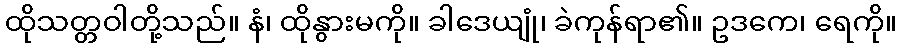
ထိုသတ္တဝါတို့သည်။ နံ၊ ထိုနွားမကို။ ခါဒေယျုံ၊ ခဲကုန်ရာ၏။ ဥဒကေ၊ ရေကို။